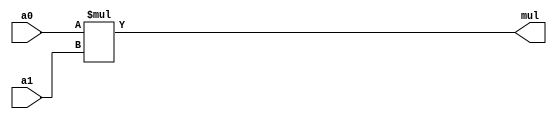
/***********************************************
Module Name:   Muliply_Common
Feature:       Common muliply with "*"
Coder:         Garfield
Organization:  XXXX Group, Department of Architecture
------------------------------------------------------
Input ports:   a0, a1, 8 bits, operent
Output Ports:  mul, 16 bits, multiply
------------------------------------------------------
History:
12-02-2015: First Version by Garfield
12-02-2015: Verified by Garfield with Full_Adder_test in ISE/Modelsim
***********************************************/

module multiply_common 
  ( 
    input[7:0] a0, a1,
    output[15:0] mul
  );
  
//Load other module(s)

//Defination for Varables in the module

//Logicals
assign mul = a0 * a1;

endmodule